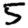
Digit: 5